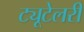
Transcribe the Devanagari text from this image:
ट्यूटेलरी